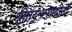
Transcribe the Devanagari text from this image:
श्रीमद्‌भगवद्गीता